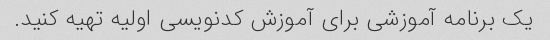
یک برنامه آموزشی برای آموزش کدنویسی اولیه تهیه کنید.